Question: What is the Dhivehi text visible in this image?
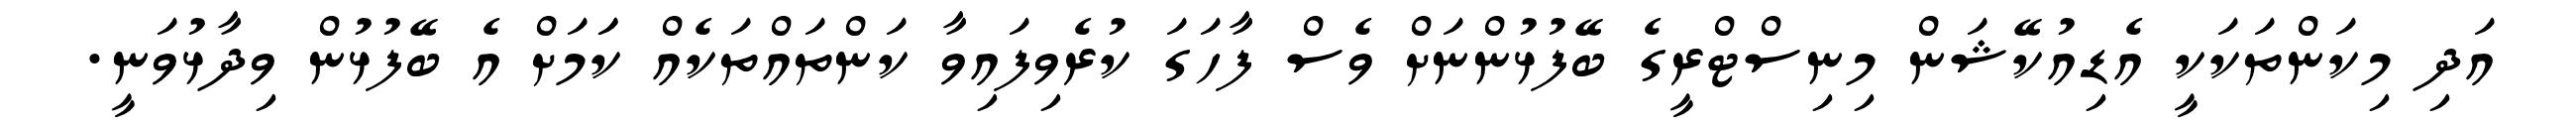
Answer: އަދި މިކަންތަކަކީ އެޑިއުކޭޝަން މިނިސްޓްރީގެ ބޭފުޅުންނަށް ވެސް ފާހަގަ ކުރެވިފައިވާ ކަންތައްތަކެއް ކަަމަށް އެ ބޭފުޅުން ވިދާޅުވަނީ.